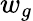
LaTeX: w_{g}